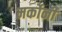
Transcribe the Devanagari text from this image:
मर्कोनी